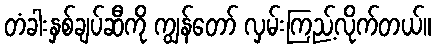
တံခါးနှစ်ချပ်ဆီကို ကျွန်တော် လှမ်းကြည့်လိုက်တယ်။